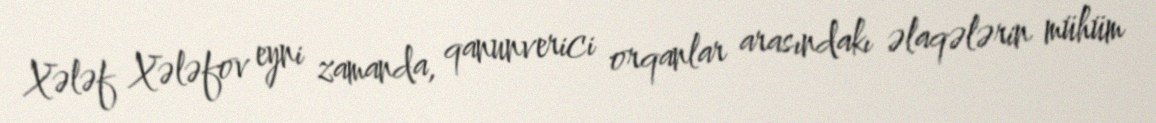
Xələf Xələfov eyni zamanda, qanunverici orqanlar arasındakı əlaqələrin mühüm